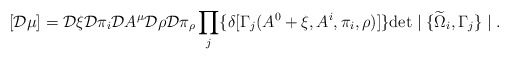
\begin{align*}[{\cal D} \mu] = {\cal D} \xi {\cal D} \pi_i {\cal D} A^\mu {\cal D} \rho {\cal D} \pi_\rho \prod_j \{ \delta[ \Gamma_j (A^0+\xi, A^i, \pi_i, \rho) ] \} \mbox{det} \mid \{\widetilde{\Omega}_i, \Gamma_j \} \mid.\end{align*}